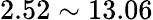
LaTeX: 2.52\sim 13.06